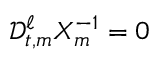
\mathscr { D } _ { t , m } ^ { \ell } X _ { m } ^ { - 1 } = 0